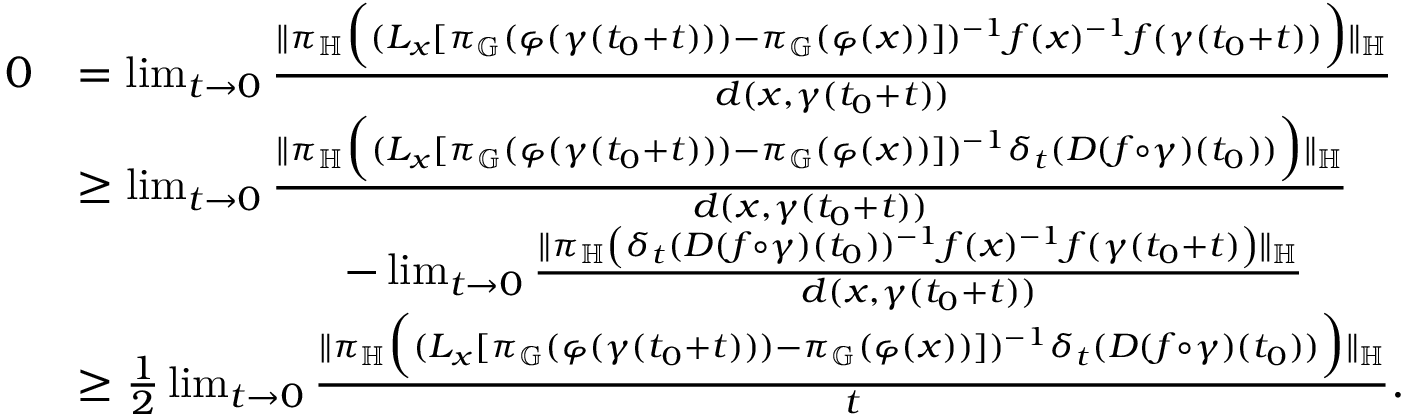
\begin{array} { r l } { 0 } & { = \operatorname* { l i m } _ { t \to 0 } \frac { \lVert \pi _ { \mathbb { H } } \Big ( ( L _ { x } [ \pi _ { \mathbb { G } } ( \varphi ( \gamma ( t _ { 0 } + t ) ) ) - \pi _ { \mathbb { G } } ( \varphi ( x ) ) ] ) ^ { - 1 } f ( x ) ^ { - 1 } f ( \gamma ( t _ { 0 } + t ) ) \Big ) \rVert _ { \mathbb { H } } } { d ( x , \gamma ( t _ { 0 } + t ) ) } } \\ & { \geq \operatorname* { l i m } _ { t \to 0 } \frac { \lVert \pi _ { \mathbb { H } } \Big ( ( L _ { x } [ \pi _ { \mathbb { G } } ( \varphi ( \gamma ( t _ { 0 } + t ) ) ) - \pi _ { \mathbb { G } } ( \varphi ( x ) ) ] ) ^ { - 1 } \delta _ { t } ( D ( f \circ \gamma ) ( t _ { 0 } ) ) \Big ) \rVert _ { \mathbb { H } } } { d ( x , \gamma ( t _ { 0 } + t ) ) } } \\ & { \qquad \qquad \qquad - \operatorname* { l i m } _ { t \to 0 } \frac { \lVert \pi _ { \mathbb H } \left( \delta _ { t } ( D ( f \circ \gamma ) ( t _ { 0 } ) ) ^ { - 1 } f ( x ) ^ { - 1 } f ( \gamma ( t _ { 0 } + t ) \right) \rVert _ { \mathbb { H } } } { d ( x , \gamma ( t _ { 0 } + t ) ) } } \\ & { \geq \frac { 1 } { 2 } \operatorname* { l i m } _ { t \to 0 } \frac { \lVert \pi _ { \mathbb { H } } \Big ( ( L _ { x } [ \pi _ { \mathbb { G } } ( \varphi ( \gamma ( t _ { 0 } + t ) ) ) - \pi _ { \mathbb { G } } ( \varphi ( x ) ) ] ) ^ { - 1 } \delta _ { t } ( D ( f \circ \gamma ) ( t _ { 0 } ) ) \Big ) \rVert _ { \mathbb { H } } } { t } . } \end{array}